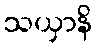
သယှာနိ